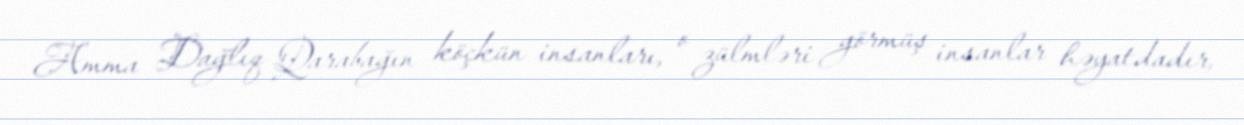
Amma Dağlıq Qarabağın köçkün insanları, o zülmləri görmüş insanlar həyatdadır,